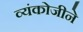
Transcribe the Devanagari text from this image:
व्यंकोजीने